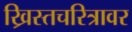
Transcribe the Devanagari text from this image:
ख्रिस्तचरित्रावर